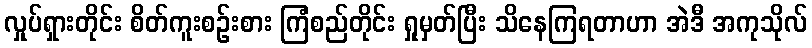
လှုပ်ရှားတိုင်း စိတ်ကူးစဉ်းစား ကြံစည်တိုင်း ရှုမှတ်ပြီး သိနေကြရတာဟာ အဲဒီ အကုသိုလ်